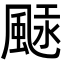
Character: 𩗢